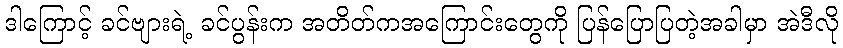
ဒါကြောင့် ခင်ဗျားရဲ့ ခင်ပွန်းက အတိတ်ကအကြောင်းတွေကို ပြန်ပြောပြတဲ့အခါမှာ အဲဒီလို